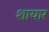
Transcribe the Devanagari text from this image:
शायार